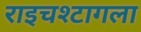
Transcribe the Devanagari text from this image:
राइचश्टागला